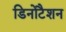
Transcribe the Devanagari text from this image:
डिनोटैशन